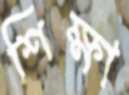
শিক্ষা